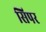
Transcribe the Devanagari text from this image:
सिपर